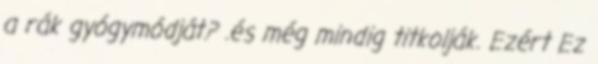
a rák gyógymódját? .és még mindig titkolják. Ezért Ez